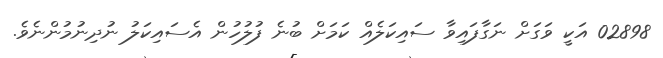
02898 އަކީ ވަގަށް ނަގާފައިވާ ސައިކަލެއް ކަމަށް ބުނެ ފުލުހުން އެސައިކަލު ނުދިނުމުންނެވެ.